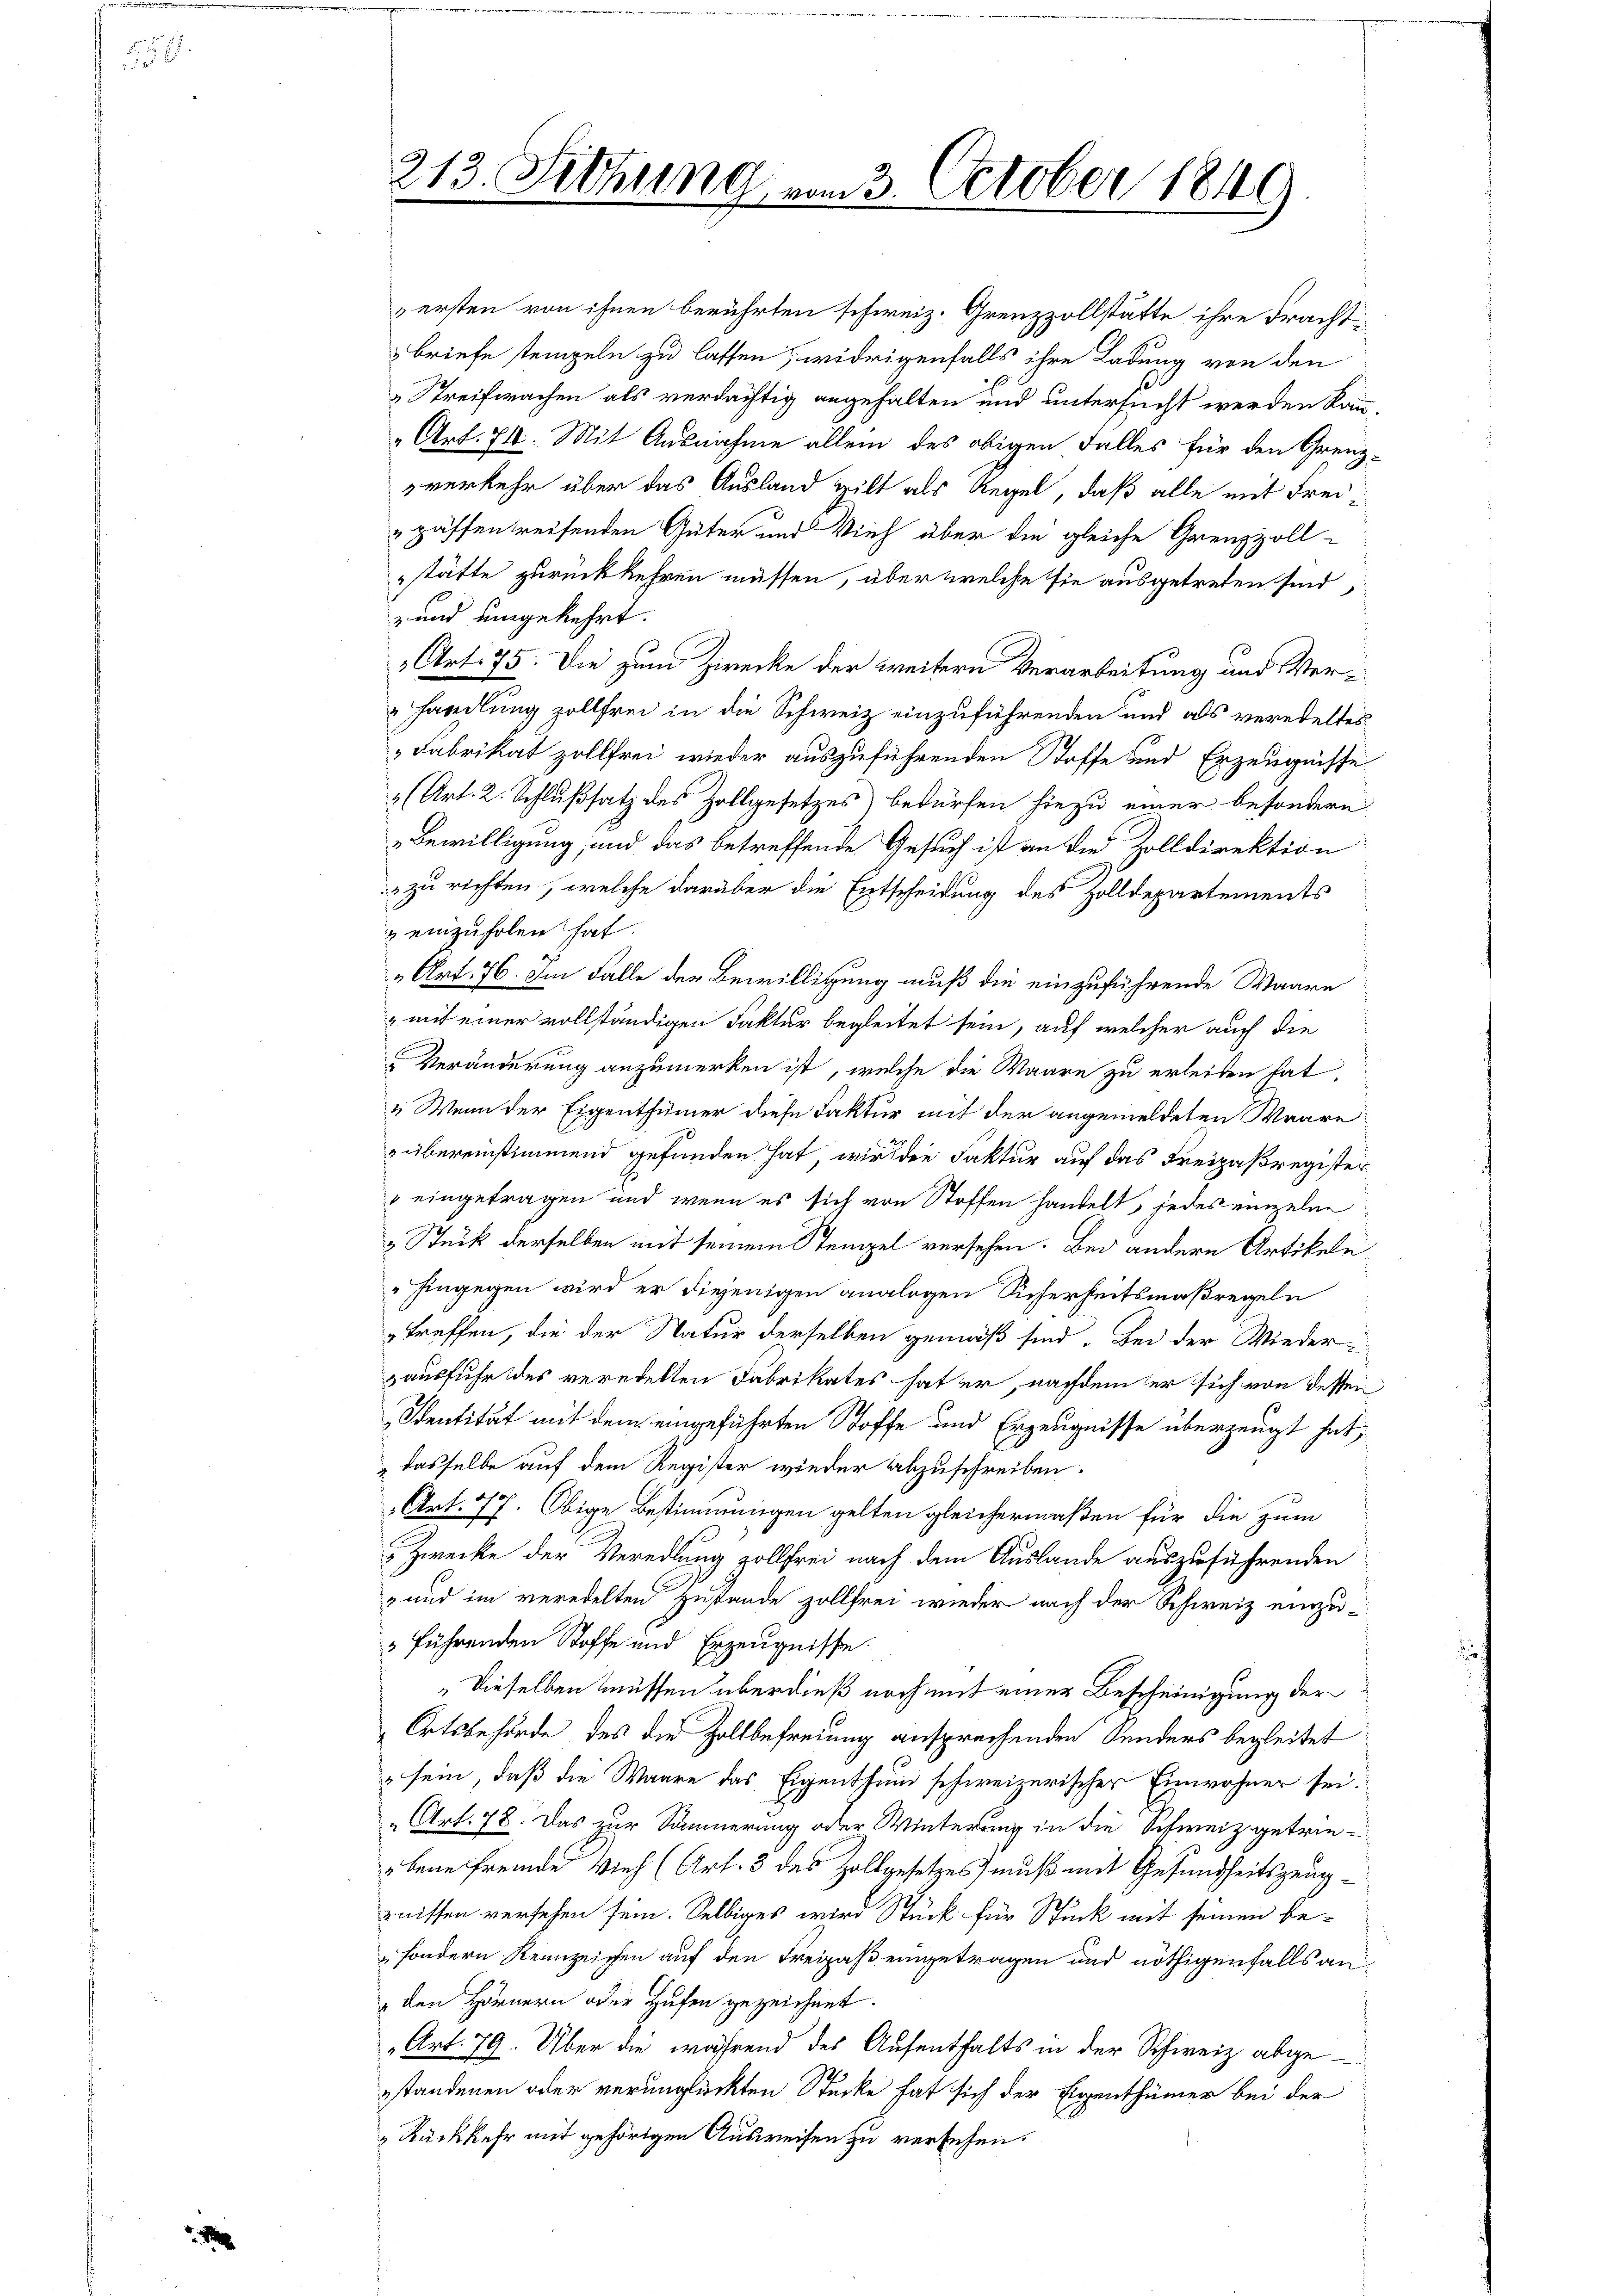
213. Sitzung

am 3. October 1849

ersten von ihnen berührten schweiz. Grenzzollstätte ihre Frachtbriefe stempeln zu lassen, widrigenfalls ihre Ladung von den
Streifachen als verdächtig angehalten und untersucht werden kann.
„Art. 74. Mit Ausnahme allein des obigen Falles für den Grenzverkehr über das Ausland gilt als Regel, daß alle mit Frei¬
"gaffen reifenden Güter und Vieh über die gleiche Grenzzoll-
stätte zurückkehren müssen, über welche sie ausgetreten sind,
-und umgekehrt.
Art. 75. Die zum Zirecke der weitern Verarbeitung und Verhandlung zollfrei in die Schweiz einzuführenden und als veredeltes
Fabrikat zollfrei wieder auszuführenden Stoffe und Erzeugnisse
" (Art. 2. Schlußsatz des Zollgesetzes bedürfen hiezu einer besondern
Bewilligung, und das betreffende Gesuch ist an die Zolldirektion
 zu richten, welche darüber die Entscheidung des Zolldepartements
 einzuholen hat.
„Art. 76. Im Falle der Bewilligung muß die einzuführende Waare
 mit einer vollständigen Faktur begleitet sein, auf welcher auch die
Veränderung anzumerken ist, welche die Waare zu erleiden hat.
„Wenn der Eigenthümer diese Faktur mit der angemeldeten Waare
rübereinstimmend gefunden hat, wird die Faktur auf das Freizaßregister
" eingetragen und wenn es sich von Stoffen handelt, jedes einzelne
 Stück derselben mit seinem Stempel versehen. Bei andern Artikele¬
" hingegen wird er diejenigen analogen Sicherheitsmaßregeln
treffen, die der Natur derselben gemäß sind. Bei der Wiederzausfuhr des veredelten Fabrikates hat er, nachdem er sich von dessen
Sentität mit dem eingeführten Stoffe und Erzeugnisse überzeugt hat,
dasselbe auf dem Register wieder abzuschreiben.
Art. 77. Obige Bestimmungen gelten gleichermaßen für die zum
Zwecke der Veredlung zollfrei nach dem Auslande auszuführenden
und im veredelten Zustande zollfrei wieder nach der Schweiz einzuführenden Stoffe und Erzeugnisse.
Dieselben müssen überdieß noch mit einer Bescheinigung der
Ortsbehörde des die Zollbefreiung ansprechenden Sinders begleitet
„sein, daß die Waare das Eigenthum schweizerischer Einwohner sei.
„Art. 78. Das zur Sammerung oder Winterung in die Schweiz getriebene Fremde Vieh (Art. 3 des Zollgesetzes muß mit Gesundheitszeugznissen versehen sein. Selbiges wird Stück für Stück mit seinen besondern Kennzeichen auf den Freizaß eingetragen und nöthigenfalls an¬
" den Hörnern oder Hufen gezeichnet.
Art. 79. Über die während des Aufenthalts in der Schweiz. abgestandenen oder verunglückten Stücke hat sich der Eigenthümer bei der
„Rückkehr mit gehörigen Ausweisen zu versehen.